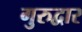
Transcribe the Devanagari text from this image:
गुरुद्वार